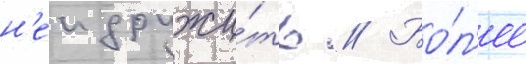
н'еи дружи́ть // Бо́л'ее